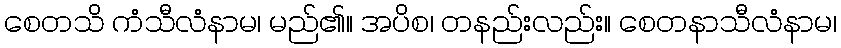
စေတသိ ကံသီလံနာမ၊ မည်၏။ အပိစ၊ တနည်းလည်း။ စေတနာသီလံနာမ၊